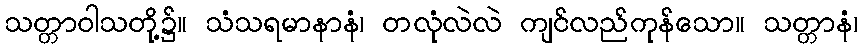
သတ္တာဝါသတို့၌။ သံသရမာနာနံ၊ တလုံလဲလဲ ကျင်လည်ကုန်သော။ သတ္တာနံ၊